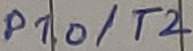
Text: P1.0/T2